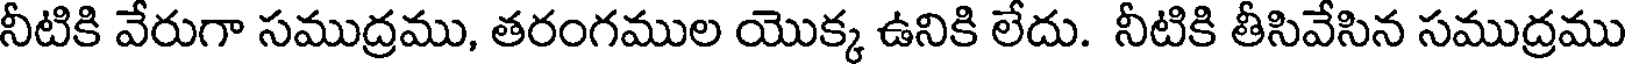
నీటికి వేరుగా సముద్రము, తరంగముల యొక్క ఉనికి లేదు. నీటికి తీసివేసిన సముద్రము